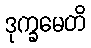
ဒုက္ခမေတိ